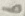
Text: 6